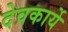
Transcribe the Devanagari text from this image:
देवकार्ये